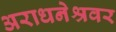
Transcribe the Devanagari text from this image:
अराधनेश्रवर